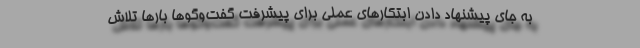
به جای پیشنهاد دادن ابتکارهای عملی برای پیشرفت گفت‌وگوها بارها تلاش